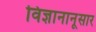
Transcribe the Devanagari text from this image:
विज्ञानानूसार